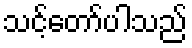
သင့်တော်ပါသည်